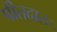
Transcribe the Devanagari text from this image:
पीतदारु